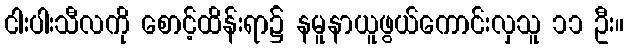
ငါးပါးသီလကို စောင့်ထိန်းရာ၌ နမူနာယူဖွယ်ကောင်းလှသူ ၁၁ ဦး။